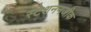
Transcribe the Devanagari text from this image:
स्टेशननजीक